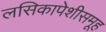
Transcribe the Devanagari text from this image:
लसिकापेशीसमूह